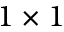
1 \times 1